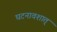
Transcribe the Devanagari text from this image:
घटनावशात्